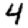
Digit: 4